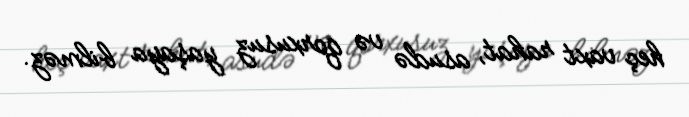
heç vaxt rahat, asudə və qorxusuz yaşaya bilməz.